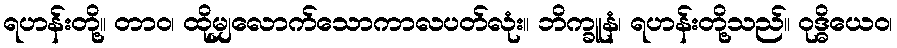
ရဟန်းတို့။ တာဝ၊ ထိုမျှလောက်သောကာလပတ်လုံး။ ဘိက္ခူနံ၊ ရဟန်းတို့သည်။ ဝုဒ္ဓိယေဝ၊